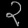
Digit: ၃